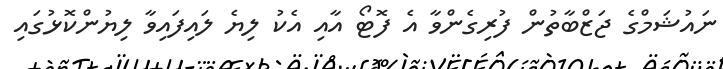
ނައުޝަމްގެ ޖަޒްބާތުން ފުރިގެންވާ އެ ފޮޓޯ އާއި އެކު ލިޔެ ލައިފައިވާ ލިޔުންކޮޅުގައި